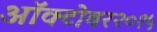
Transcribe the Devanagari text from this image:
ऑक्टोबर२०१५